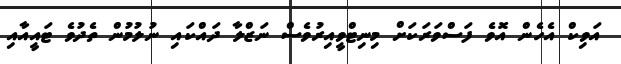
އަވިކް އެހެން އޮވެ ފަސްވަރަކަށް މިނިޓްވީއިރުވެސް ނަޒްލާ ދައްކައި ނުލުމުން ތެދުވެ ޓައީއާއި